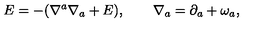
E = - ( \nabla ^ { a } \nabla _ { a } + E ) , \qquad \nabla _ { a } = \partial _ { a } + \omega _ { a } ,